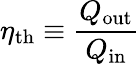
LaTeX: \eta_{\mathrm{{th}}}\equiv{\frac{Q_{\mathrm{{out}}}}{Q_{\mathrm{{in}}}}}